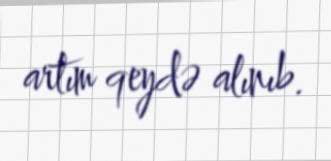
artım qeydə alınıb.